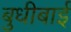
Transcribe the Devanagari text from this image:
बुधीबाई